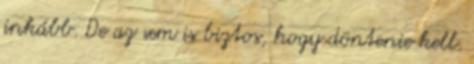
inkább. De az sem is biztos, hogy döntenie kell.